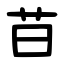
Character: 䒤